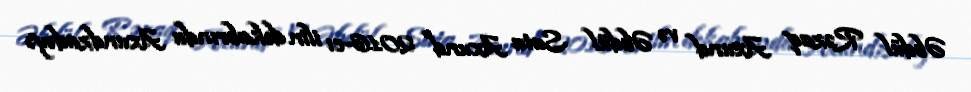
Əbdül Rəzaq Axund və Əbdül Sata Axund 2016-cı ilin dekabrında Axundzadəyə